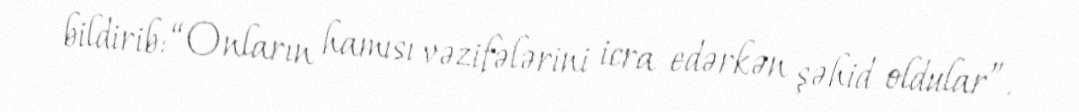
bildirib: “Onların hamısı vəzifələrini icra edərkən şəhid oldular”.